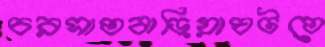
চরসাতবাড়িয়াঘটতে